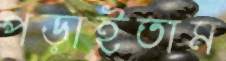
পড়াইতাম